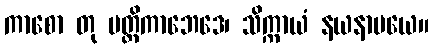
ကာစော တု မတ္တိကာဘေဒေ၊ သိက္ကာယံ နယနာမယေ။